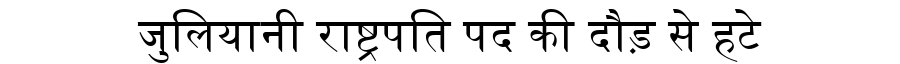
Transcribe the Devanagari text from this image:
जुलियानी राष्ट्रपति पद की दौड़ से हटे